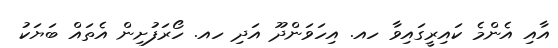
އާއި އެންމެ ކައިރީގައިވާ ހއ. އިހަވަންދޫ އަދި ހއ. ހޯރަފުށިން އެތައް ބަޔަކު